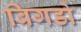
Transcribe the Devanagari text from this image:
बिगडो